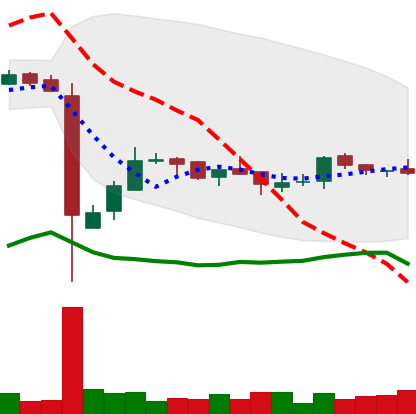
Ticker: LTC-USD
Chart end date: 2016-12-21
Forward return: 19.215%
Label: up_7plus